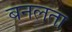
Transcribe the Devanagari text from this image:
बनलता